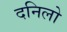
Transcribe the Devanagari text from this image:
दनिलो